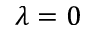
\lambda = 0